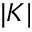
| K |